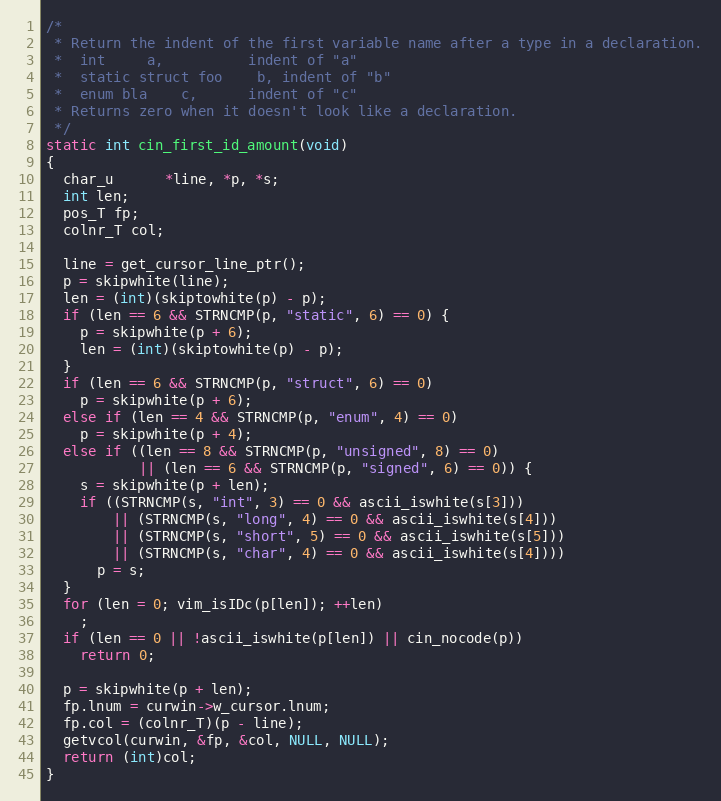
Language: C
/*
 * Return the indent of the first variable name after a type in a declaration.
 *  int	    a,			indent of "a"
 *  static struct foo    b,	indent of "b"
 *  enum bla    c,		indent of "c"
 * Returns zero when it doesn't look like a declaration.
 */
static int cin_first_id_amount(void)
{
  char_u      *line, *p, *s;
  int len;
  pos_T fp;
  colnr_T col;

  line = get_cursor_line_ptr();
  p = skipwhite(line);
  len = (int)(skiptowhite(p) - p);
  if (len == 6 && STRNCMP(p, "static", 6) == 0) {
    p = skipwhite(p + 6);
    len = (int)(skiptowhite(p) - p);
  }
  if (len == 6 && STRNCMP(p, "struct", 6) == 0)
    p = skipwhite(p + 6);
  else if (len == 4 && STRNCMP(p, "enum", 4) == 0)
    p = skipwhite(p + 4);
  else if ((len == 8 && STRNCMP(p, "unsigned", 8) == 0)
           || (len == 6 && STRNCMP(p, "signed", 6) == 0)) {
    s = skipwhite(p + len);
    if ((STRNCMP(s, "int", 3) == 0 && ascii_iswhite(s[3]))
        || (STRNCMP(s, "long", 4) == 0 && ascii_iswhite(s[4]))
        || (STRNCMP(s, "short", 5) == 0 && ascii_iswhite(s[5]))
        || (STRNCMP(s, "char", 4) == 0 && ascii_iswhite(s[4])))
      p = s;
  }
  for (len = 0; vim_isIDc(p[len]); ++len)
    ;
  if (len == 0 || !ascii_iswhite(p[len]) || cin_nocode(p))
    return 0;

  p = skipwhite(p + len);
  fp.lnum = curwin->w_cursor.lnum;
  fp.col = (colnr_T)(p - line);
  getvcol(curwin, &fp, &col, NULL, NULL);
  return (int)col;
}